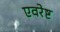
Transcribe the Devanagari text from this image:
एवरेष्ट